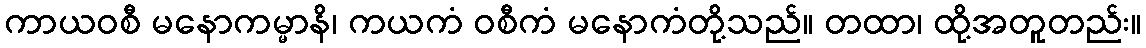
ကာယဝစီ မနောကမ္မာနိ၊ ကယကံ ဝစီကံ မနောကံတို့သည်။ တထာ၊ ထို့အတူတည်း။